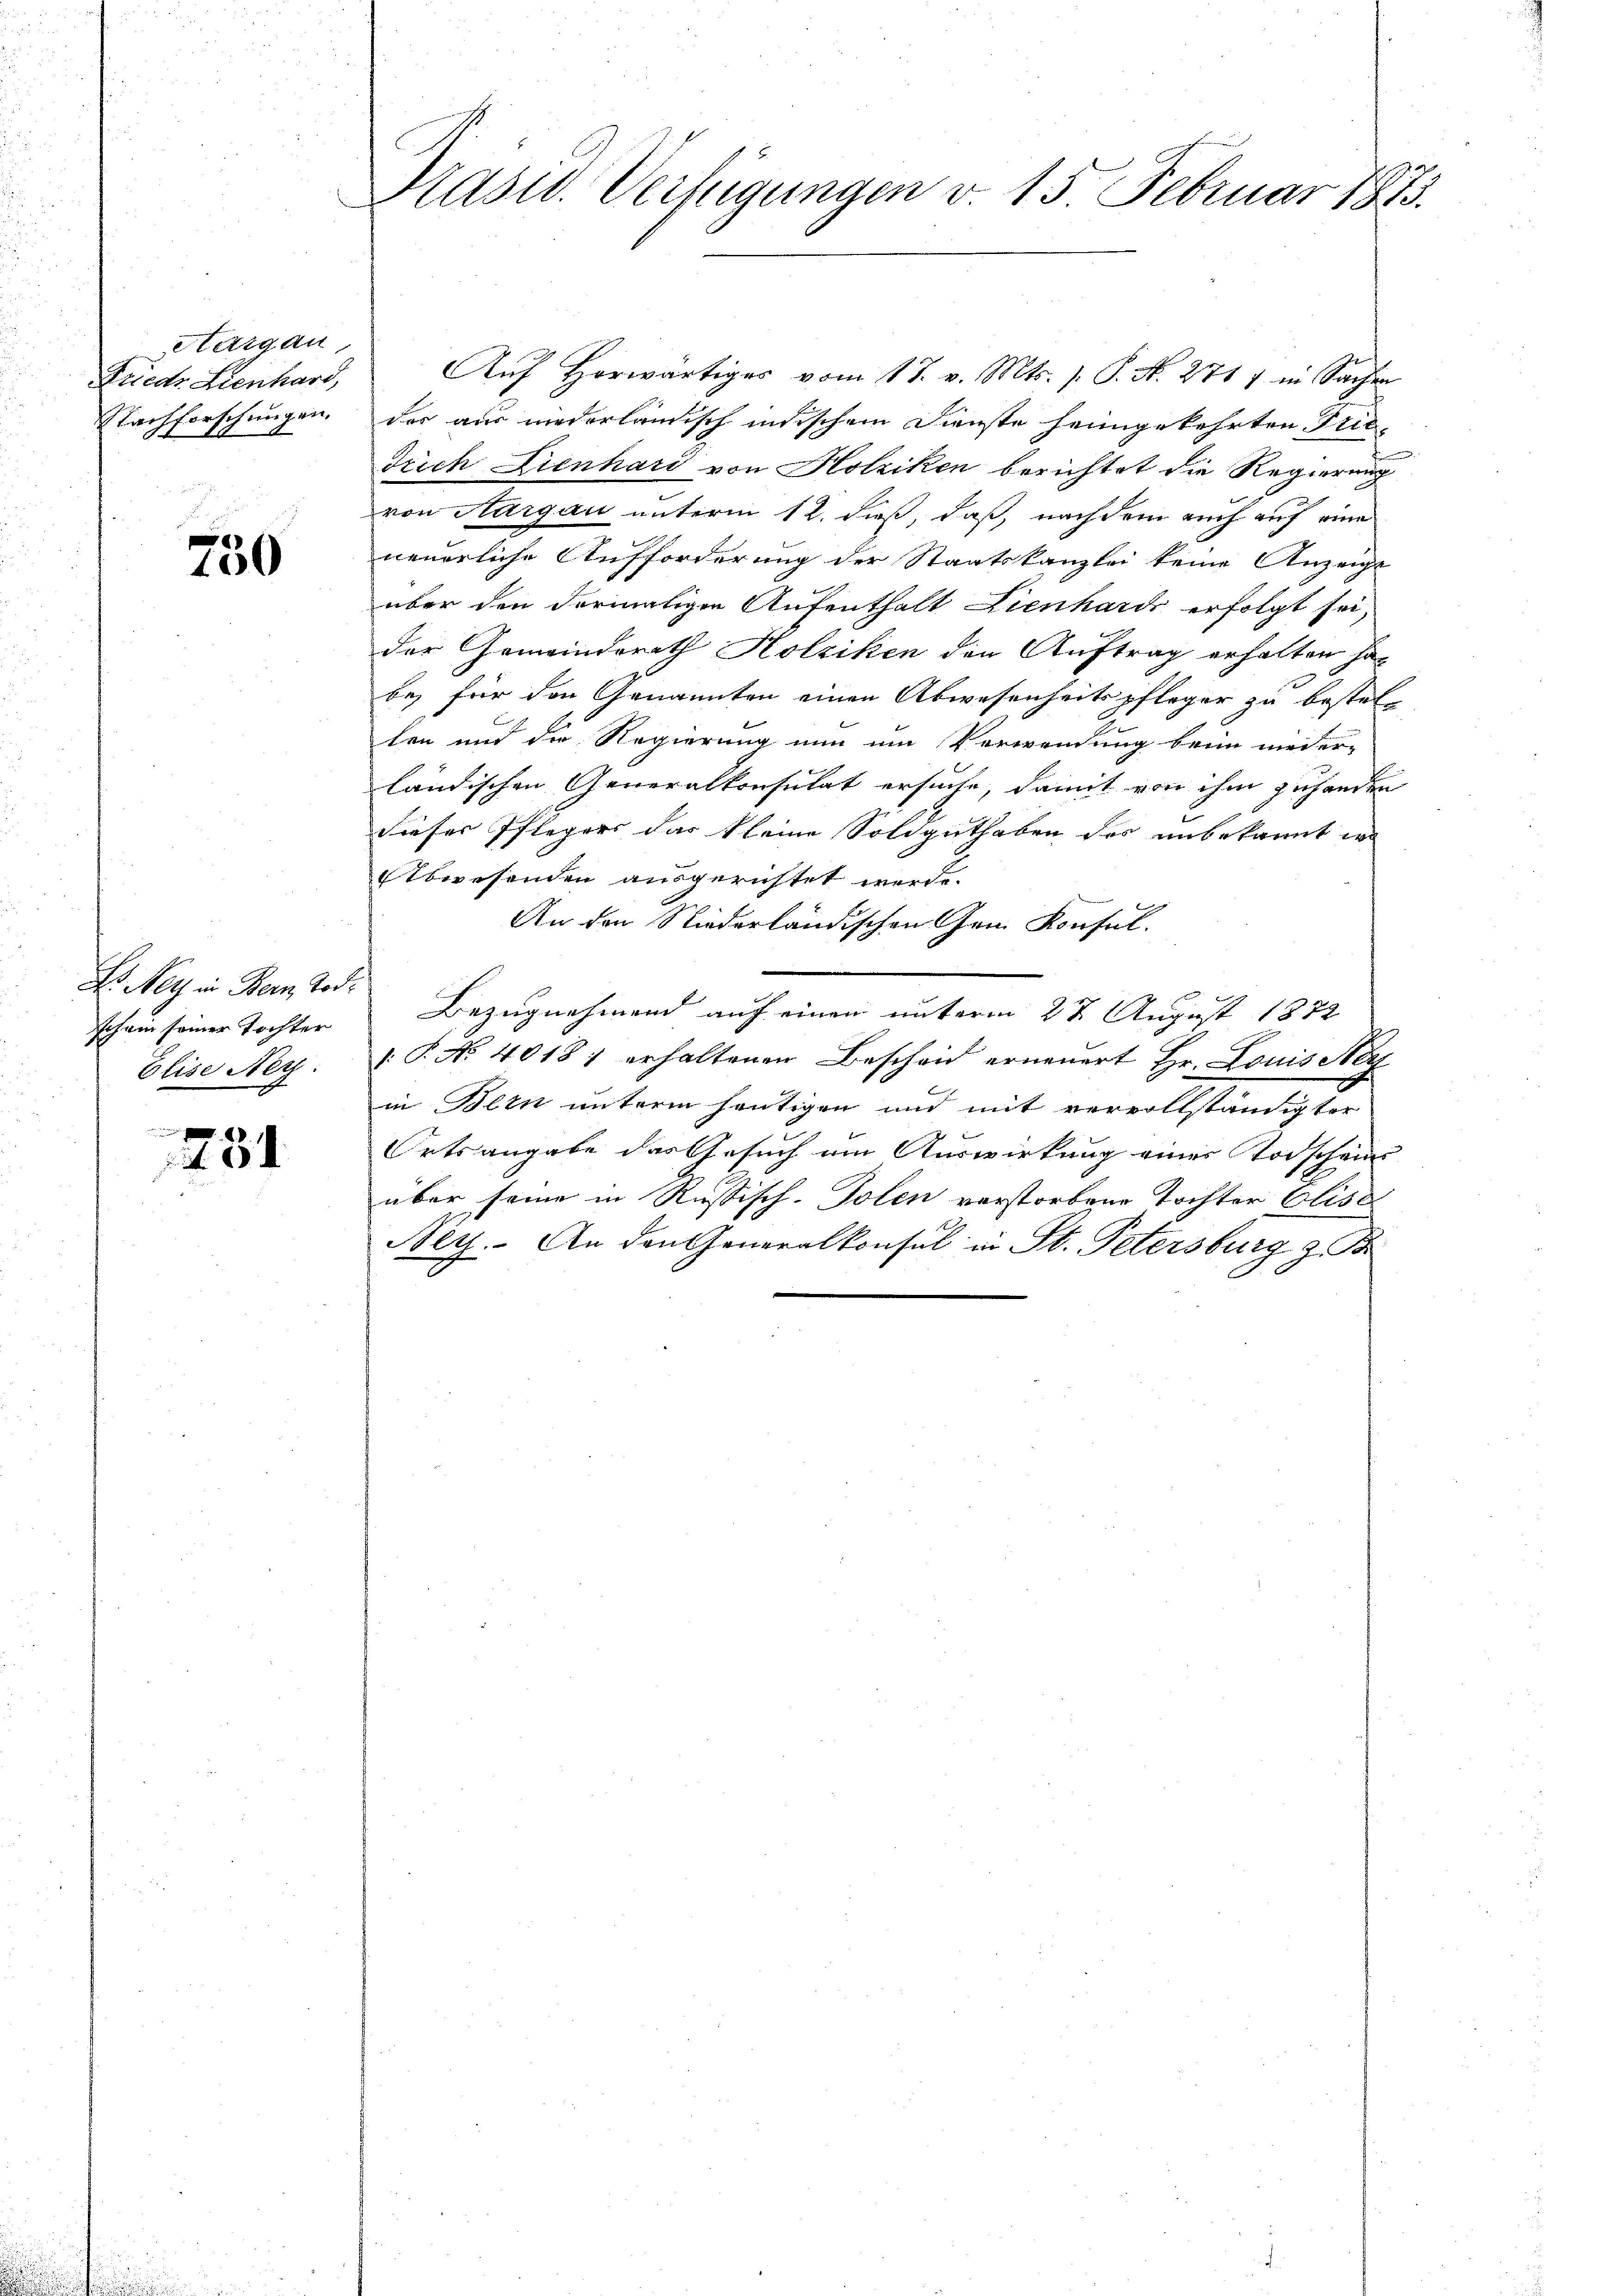
Aargau
Friedr Lienhard,
Nachforschungen.

750

H. Netz in Bern Tod.
Ich ein seiner Tochter
Elise Ner

.1
 I

f

Präsid. Verfügungen v. 15. Februar 1873.

Auf Horwärtiges vom 17. v. Mts. s. S. N. 2717 in Sacher
der aus niederlandisch indischem Dienste heimgekehrten Priedrich Lienhard von Holziken berichtet die Regierung
von Aargau unterm 12. dieß, daß, nachdem auch auf eine
neuerliche Aufforderung der Staatskanzlei keine Anzeigt
über den dermaligen Aufenthalt Lienhards erfolgt sei,
der Gemeinderath Holziken den Auftrag erhalten hat
be, für den Genannten einen Abwesenheitspfleger zu bestelten und die Regierung nun um Verwendung beim nieder-
ländischen Generalkonsulat ersuche, damit von ihm zuhanden
dieser Pflegers das Kleine Soldguthaben des unbekannt wo
Abwesenden ausgerichtet werde.
An den Niederländischen am Konsul
Bezugnahmend auf einen unterm 27. August 1872
 P. Nr. 4018, erhaltenen Bescheid erneuert Hr. Louis Her
in Bern unterm heutigen und mit vervollständigter
Ortsangabe das Gesuch am Auswirkung eines Todschein
über seine in Russisch-Tolen verstorbene Tochter Elise
Beyz. An den Generalkonsul in St. Petersburg z. B.